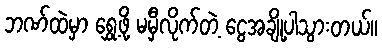
ဘဏ်ထဲမှာ ရွှေ့ဖို့ မမှီလိုက်တဲ့ ငွေအချို့ပါသွားတယ်။